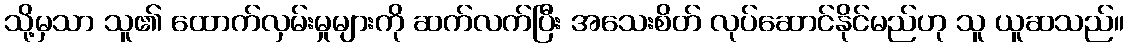
သို့မှသာ သူ၏ ထောက်လှမ်းမှုများကို ဆက်လက်ပြီး အသေးစိတ် လုပ်ဆောင်နိုင်မည်ဟု သူ ယူဆသည်။